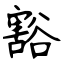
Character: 豁